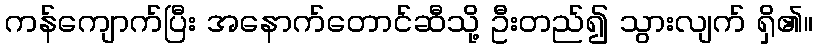
ကန်ကျောက်ပြီး အနောက်တောင်ဆီသို့ ဦးတည်၍ သွားလျက် ရှိ၏။